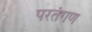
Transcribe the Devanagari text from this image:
परतंगण